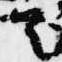
首